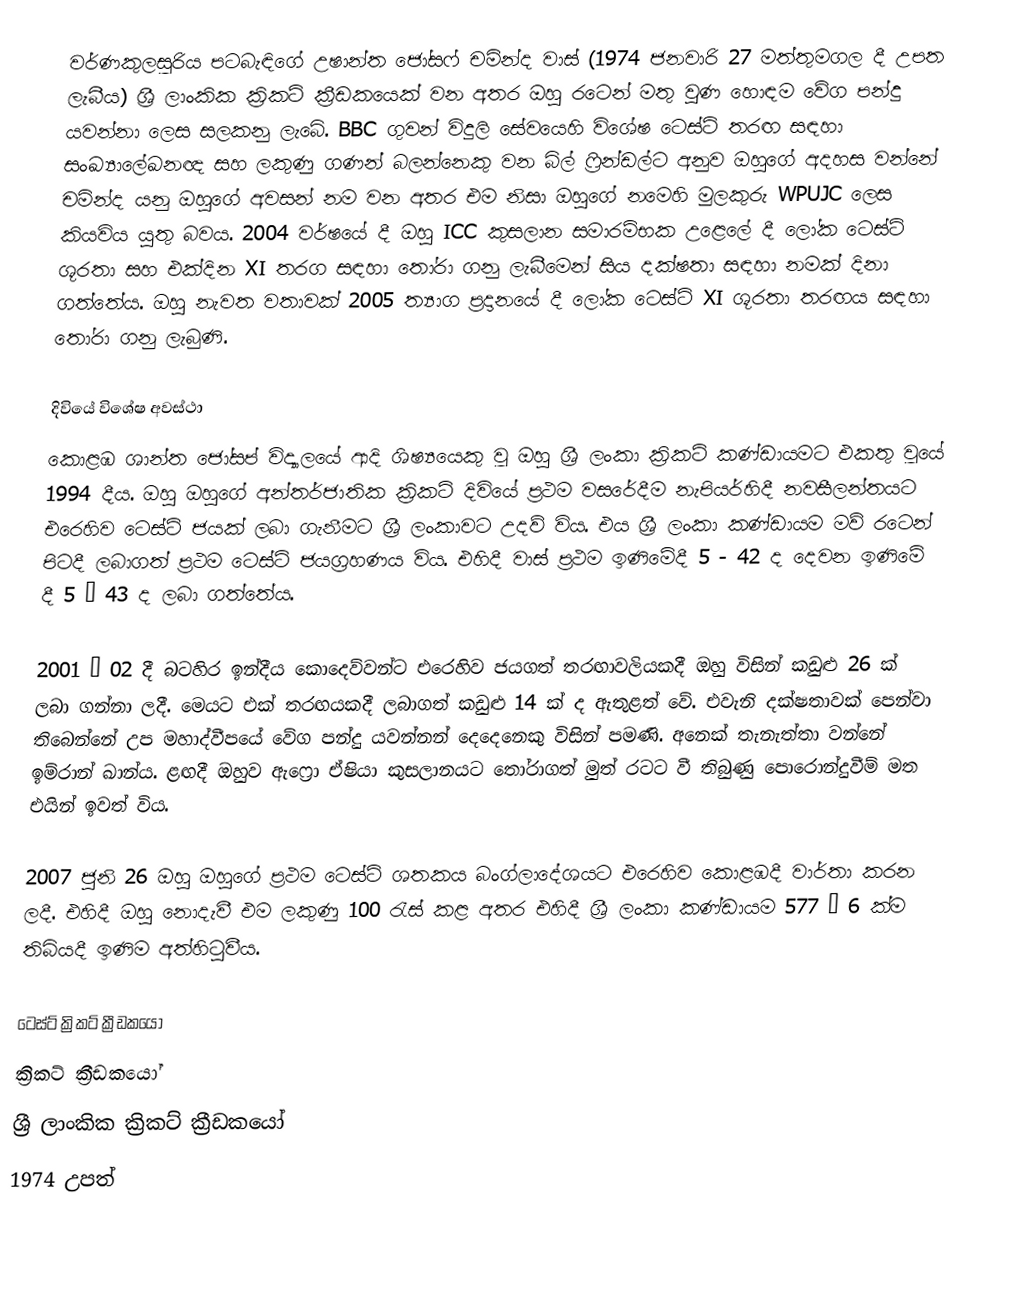
වර්ණකුලසූරිය පටබැඳිගේ උෂාන්ත ජෝසෆ්  චමින්ද වාස් (1974 ජනවාරි 27 මත්තුමගල දී උපත ලැබීය) ශ්‍රී ලාංකික ක්‍රිකට් ක්‍රීඩකයෙක් වන අතර ඔහු ‍රටෙන් මතු වුණ හොඳම වේග පන්දු යවන්නා ලෙස සලකනු ලැබේ. BBC ගුවන් විදුලි සේවයෙහි විශේෂ ටෙස්ට් තරඟ සඳහා සංඛ්‍යාලේඛනඥ සහ ලකුණු ගණන් බලන්නෙකු වන බිල් ෆ්‍රින්ඩල්ට අනුව ඔහුගේ අදහස වන්නේ චමින්ද යනු ඔහුගේ අවසන් නම වන අතර එම නිසා ඔහුගේ නමෙහි මුලකුරු WPUJC ලෙස කියවිය යුතු බවය. 2004 වර්ෂයේ දී ඔහු ICC කුසලාන සමාරම්භක උළෙලේ දී ලෝක ටෙස්ට් ශූරතා සහ එක්දින XI තරග සඳහා තෝරා ගනු ලැබීමෙන් සිය දක්ෂතා සඳහා නමක් දිනා ගත්තේය. ඔහු නැවත වතාවක් 2005 ත්‍යාග ප්‍රදානයේ දී ලෝක ටෙස්ට් XI ශූරතා තරඟය සඳහා තෝරා ගනු ලැ‍බුණි.

දිවියේ විශේෂ අවස්ථා
කොළඹ ශාන්ත ජෝසප් විද්‍යාලයේ ආදි ශිෂ්‍යයෙකු වූ ඔහු ශ්‍රී ලංකා ක්‍රිකට් කණ්ඩායමට එකතු වූයේ 1994 දීය. ඔහු ඔහුගේ අන්තර්ජාතික ක්‍රිකට් දිවියේ ප්‍රථම වසරේදීම නැපියර්හිදී නවසීලන්තයට එරෙහිව ටෙස්ට් ජයක් ලබා ගැනීමට ශ්‍රී ලංකාවට උදව් විය. එය ශ්‍රී ලංකා කණ්ඩායම මව් රටෙන් පිටදී ලබාගත් ප්‍රථම ටෙස්ට් ජයග්‍රහණය විය. එහිදී වාස් ප්‍රථම ඉණිමේදී    5 - 42 ද දෙවන ඉණිමේ දී 5 – 43 ද ලබා ගත්තේය.

2001 – 02 දී බටහිර ඉන්දීය කොදෙව්වන්ට එරෙහිව ජයගත් තරඟාවලියකදී ඔහු විසින් කඩුළු 26 ක් ලබා ගන්නා ලදී. මෙයට එක් තරඟයකදී ලබාගත් කඩුළු 14 ක් ද ඇතුළත් වේ. එවැනි දක්ෂතාවක් පෙන්වා තිබෙන්නේ උප මහාද්වීපයේ වේග පන්දු යවන්නන් දෙදෙනෙකු විසින් පමණි. අනෙක් තැනැත්තා වන්නේ ඉම්රාන් ඛාන්ය. ළඟදී ඔහුව ඇෆ්‍රො ඒෂියා කුසලානයට තෝරාගත් මුත් රටට වී තිබුණු පොරොන්දුවීම් මත එයින් ඉවත් විය.

2007 ජුනි 26 ඔහු ඔහුගේ ප්‍රථම ටෙස්ට් ශතකය බංග්ලාදේශයට එරෙහිව කොළඹදී වාර්තා කරන ලදී. එහිදී ඔහු නොදැවී එම ලකුණු 100 රැස් කළ අතර එහිදී ශ්‍රී ලංකා කණ්ඩායම 577 – 6 ක්ම තිබියදී ඉණිම අත්හිටුවීය.

ටෙස්ට් ක්‍රිකට් ක්‍රීඩකයෝ
ක්‍රිකට් ක්‍රීඩකයෝ
ශ්‍රී ලාංකික ක්‍රිකට් ක්‍රීඩකයෝ
1974 උපත්